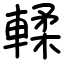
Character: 輮